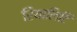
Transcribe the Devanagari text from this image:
रियालिटि